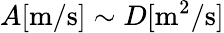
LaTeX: A[\mathrm{m/s}]\sim D[\mathrm{m^{2}/s}]